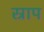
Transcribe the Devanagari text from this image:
स्राप